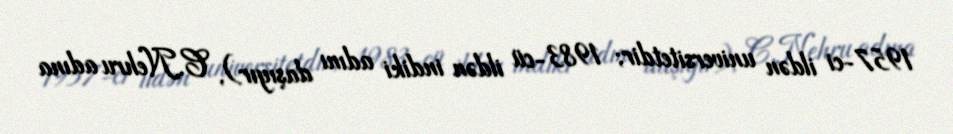
1957-ci ildən universitetdir; 1983-cü ildən indiki adını daşıyır), C.Nehru adına